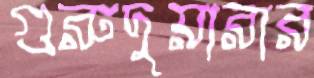
গুরুদুয়ারার